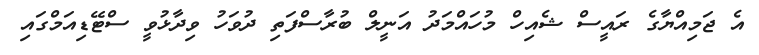
އެ ޖަމިއްޔާގެ ރައީސް ޝެއިހް މުހައްމަދު އަނީލް ބުރާސްފަތި ދުވަހު ވިދާޅުވީ ސްޓޭޑިއަމްގައި